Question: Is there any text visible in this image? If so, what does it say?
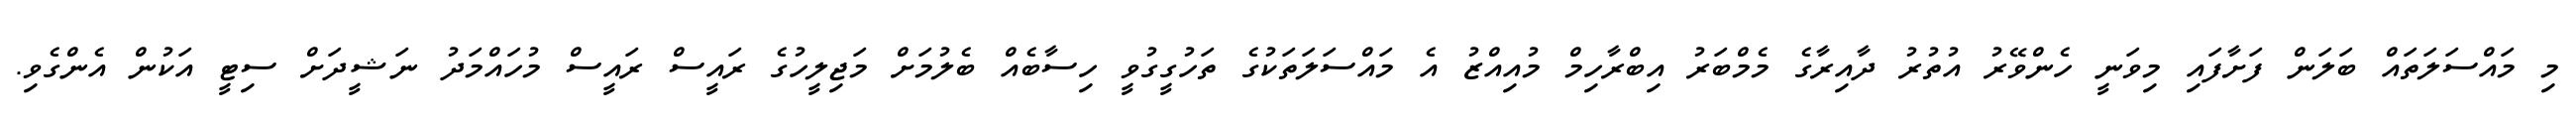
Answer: މި މައްސަލަތައް ބަލަން ފަށާފައި މިވަނީ ހެންވޭރު އުތުރު ދާއިރާގެ މެމްބަރު އިބްރާހިމް މުއިއްޒު އެ މައްސަލަތަކުގެ ތަހުގީގުވީ ހިސާބެއް ބެލުމަށް މަޖިލީހުގެ ރައީސް ރައީސް މުހައްމަދު ނަޝީދަށް ސިޓީ އަކުން އެންގެވި.